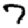
Digit: 7